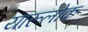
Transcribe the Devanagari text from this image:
यारूलोक